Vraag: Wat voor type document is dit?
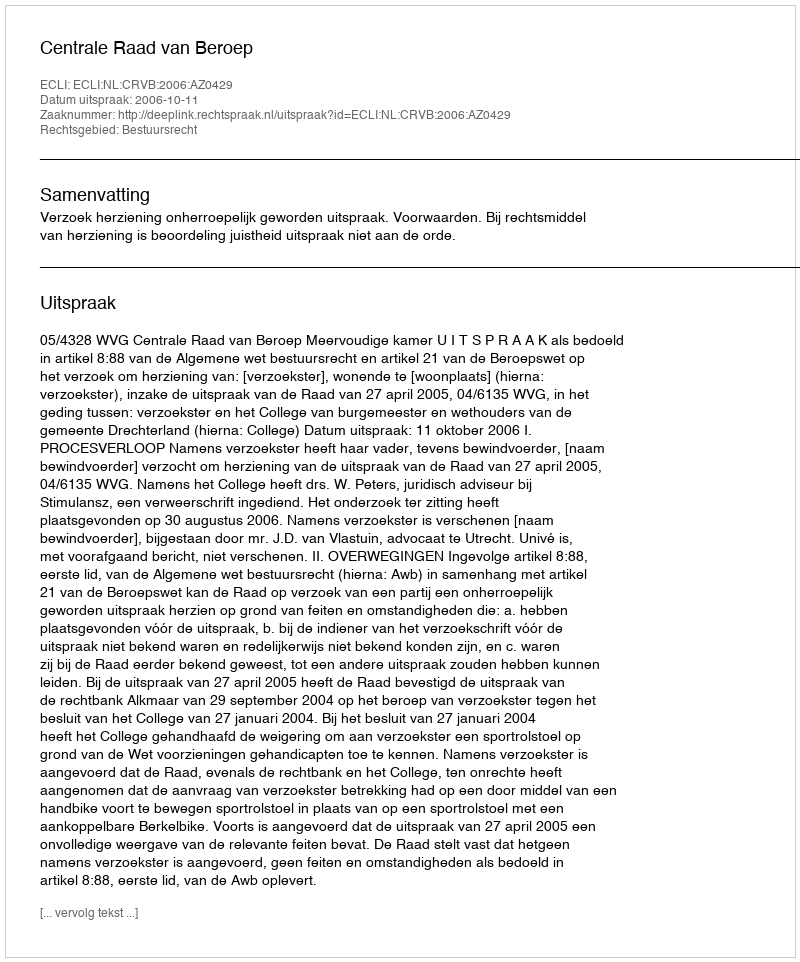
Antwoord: Uitspraak